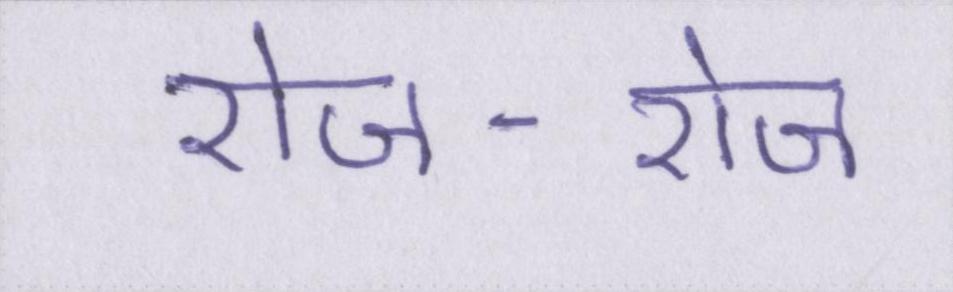
रोज-रोज